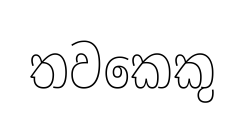
තවකෙකු